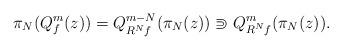
LaTeX: \begin{align*} \pi_N (Q^m_f (z)) = Q^{m-N}_{R^N f} (\pi_N(z)) \Supset Q^m_{R^N f} (\pi_N(z)). \end{align*}